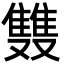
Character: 䨇